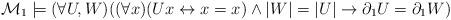
LaTeX: \begin{align*}\mathcal M_1 \models (\forall U,W)((\forall x)(Ux \leftrightarrow x=x) \wedge |W|=|U|\rightarrow \partial_1 U = \partial_1 W)\end{align*}